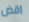
اقض